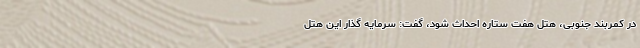
در کمربند جنوبی، هتل هفت ستاره احداث شود، گفت: سرمایه گذار این هتل